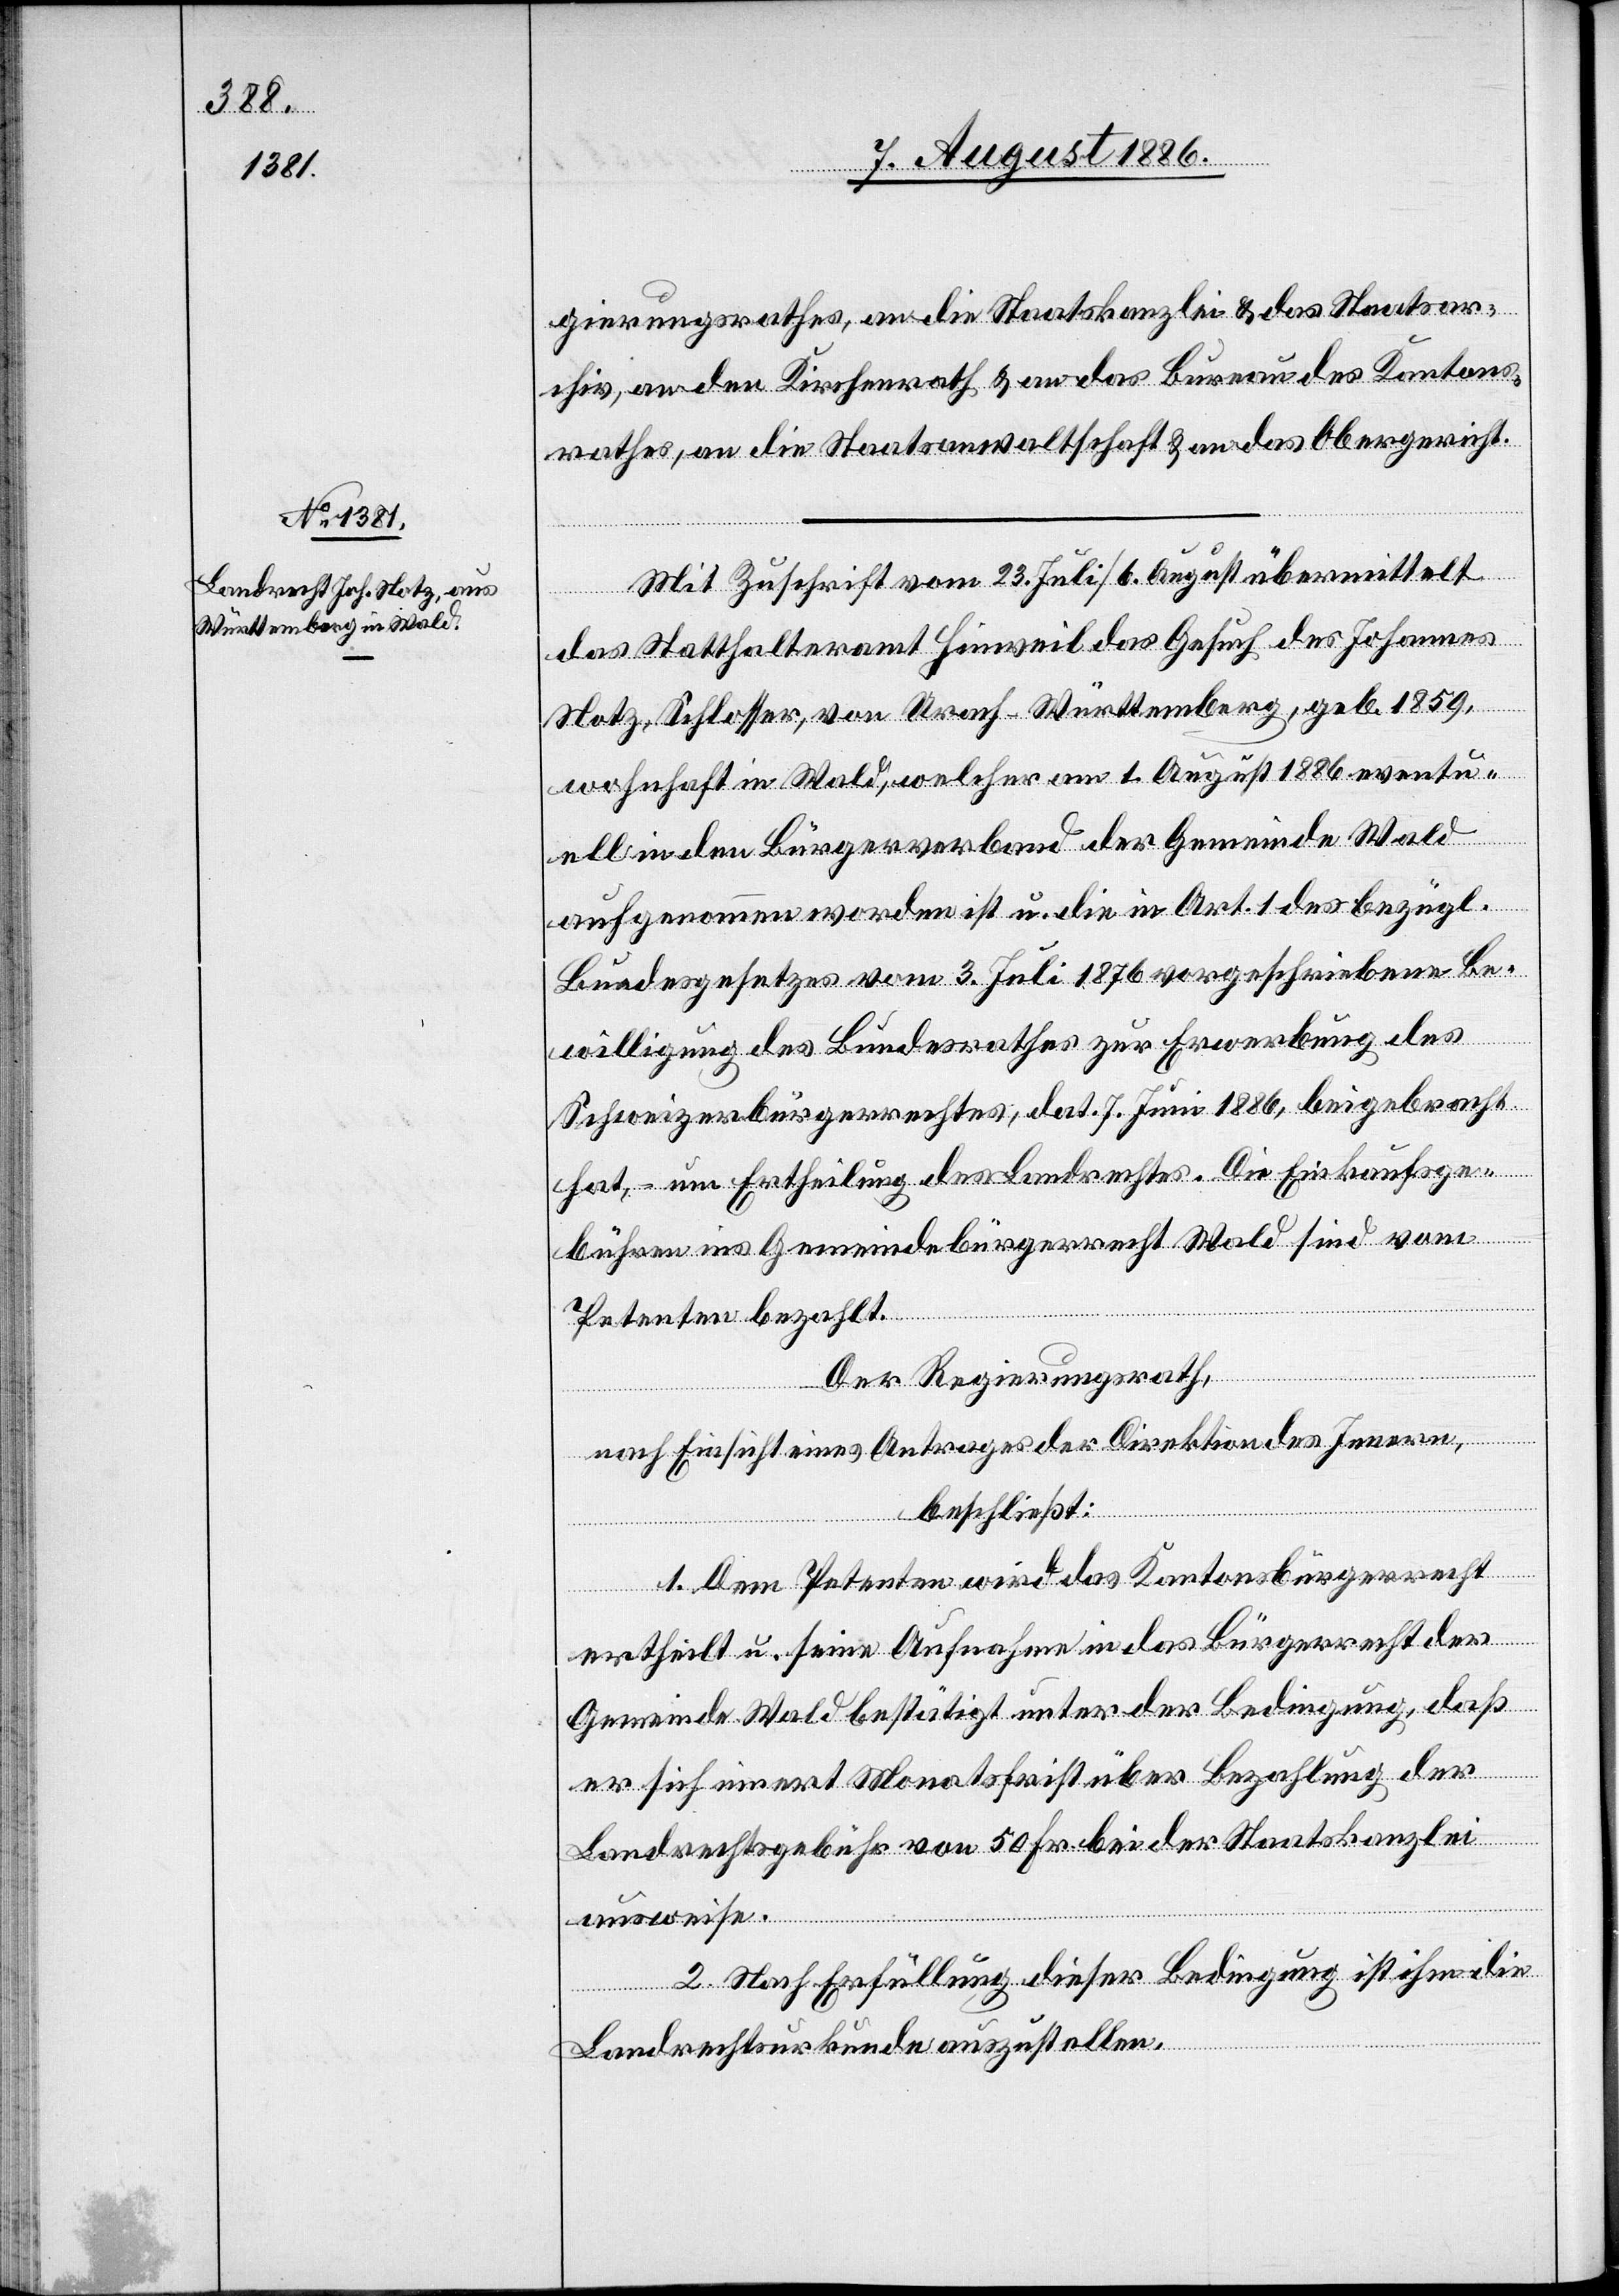
gierungsrathes, an die Staatskanzlei & das Staatsar¬
chiv, an den Kirchenrath & an das Bureau des Kantons¬
rathes, an die Staatsanwaltschaft & an das Obergericht.
Mit Zuschrift vom 23. Juli/6. August übermittelt
das Statthalteramt Hinweil das Gesuch des Johannes
Notz, Schlosser, von Urach - Württemberg, geb. 1859,
wohnhaft in Wald, welcher am 1. Augst 1886 eventu¬
ell in den Bürgerverband der Gemeinde Wald
aufgenommen worden ist u. die in Art. 1 des bezügl.
Bundesgesetzes vom 3. Juli 1876 vorgeschriebene Be¬
willigung des Bundesrathes zur Erwerbung des
Schweizerbürgerrechtes, dat. 7. Juni 1886, beigebracht
hat, – um Ertheilung des Landrechtes. Die Einkaufsge¬
bühren ins Gemeindebürgerrecht Wald sind vom
Petenten bezahlt.
Der Regierungsrath,
nach Einsicht eines Antrages der Direktion des Innern,
beschließt:
1. Dem Petenten wird das Kantonsbürgerrecht
ertheilt u. seine Aufnahme in das Bürgerrecht der
Gemeinde Wald bestätigt unter der Bedingung, daß
er sich innert Monatsfrist über Bezahlung der
Landrechtsgebühr von 50 Fr. bei der Staatskanzlei
ausweise.
2. Nach Erfüllung dieser Bedingung ist ihm die
Landrechtsurkunde auszustellen.